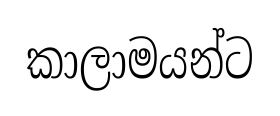
කාලාමයන්ට